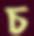
চ